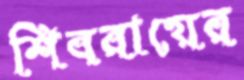
শিবরায়ের